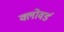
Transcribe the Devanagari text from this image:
क्लोवर्ड